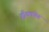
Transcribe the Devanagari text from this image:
हौक्क्येन